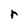
Character: r